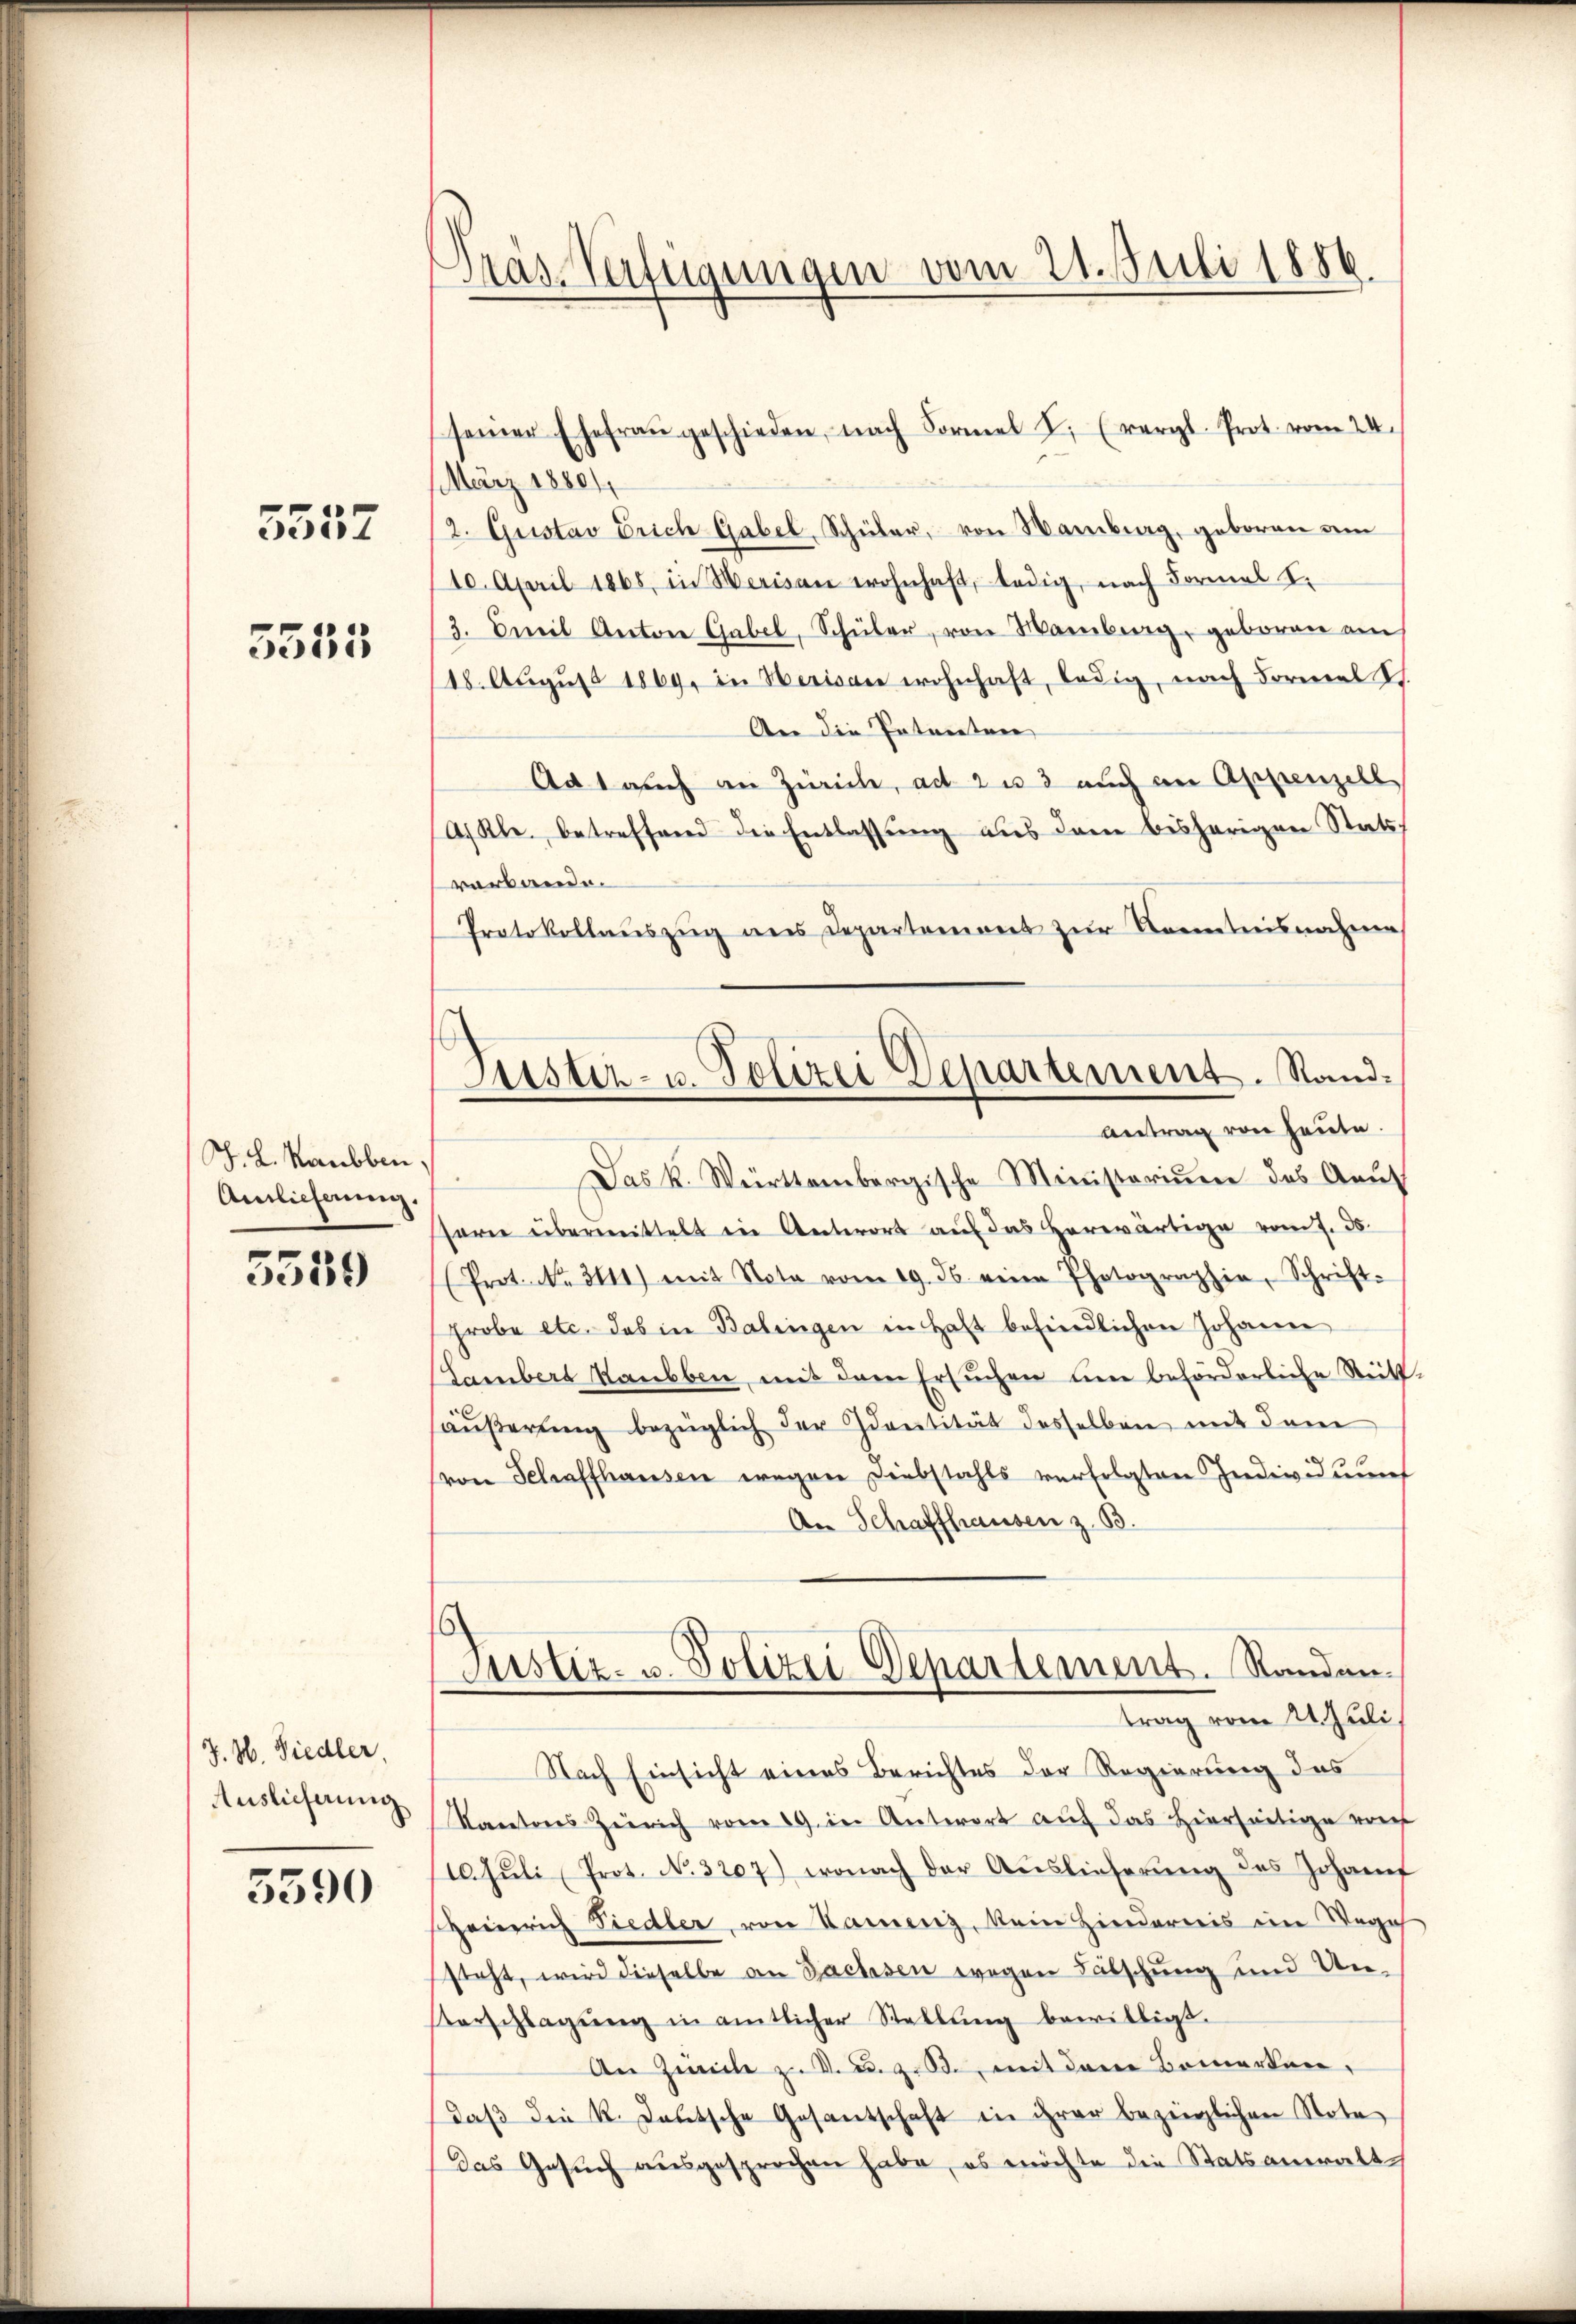
5552

5555

J. L. Raubben,
Ainlicherung,

5539

J. H. Siedler,
Auslieferung

5390

Präs. Verfügungen vom 21. Juli 1886

seiner Ehefraŭ geschieden, nach Formel I. (vergl. Prot. vom 24.
März 18801,
2. Gustav Erich Gabel, Schüler, von Hamberg, geboren um
10. April 1865, in Merisau wohnhaft, ledig, nach Formal I.
3. Emil Anton Gabel, Schüler, von Hamberg, geboren am
18. Aŭgŭst 1869, in Herisau wohnhaft, ledig, nach Formel St.
An die Patenten
Ad 1 auch an Zürich, ad 2 u 3 auch an Appenzell
AKl. betreffend die Entlassŭng aus dem bisherigen Stats,
verbande.
Protokollaŭszŭg ans Departemons zŭr Kenntnisnahme
Das K. Württembergische Ministerium des Aeuf
sern übermittelt in Antwort auf das herwärtige vom 7. ds.
(Prot. No. 3111) mit Nota vom 19. ds. eine Photographie, Schrift-
probe etc. das in Balingen in Haft befindlichen Johanne
Lambers Rauben, mit dem Ersuchen ŭm beförderliche Stett
äŭβerŭng bezüglich der Identität desselben mit dem
von Schaffhausen wegen Diebstahls verfolgten Individuums
An Schaffhausen z. B.
6
Justiz- u. Polizei Departement. Randan-
trag vom 21. Juli,
Nach Einsicht eines Berichtes der Regierung des
Kantons Zürich vom 19. in Antwort auf das hierseitige ver
10. Jŭli Prot. No. 3207) wonach der Aŭslieferŭng des Johanf
Heinrich Fiedler, von Kamerz, kein Hindernis im Begeh
steht, wird dieselbe an Bachsen wegen Fälschung und Un¬
Verschlagung in amtlicher Stellŭng bewilligt.
An Zürich z. B. u. 90. mit dem Bemerken,
daβ die R. Teutsche Gesantschaft in ihrer bezüglichen Note
Das Gesŭch aŭsgesprochen habe, es möchte die Statsanwalt

Lister- u. Polizei Departement. Stand¬
Antrag von heute.